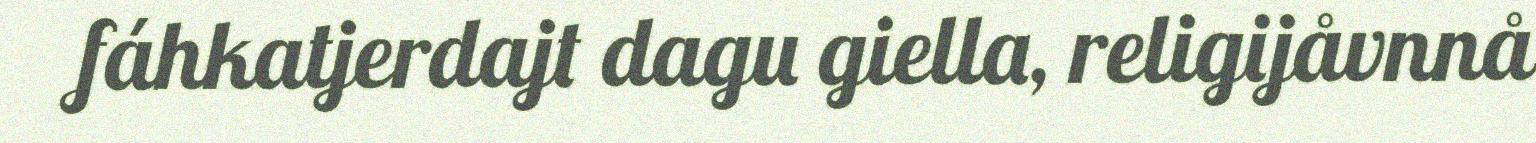
fáhkatjerdajt dagu giella, religijåvnnå